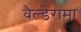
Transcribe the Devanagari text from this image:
वैल्डेरामा